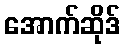
အောက်ဆိုဒ်